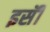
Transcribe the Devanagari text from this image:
इसॅी